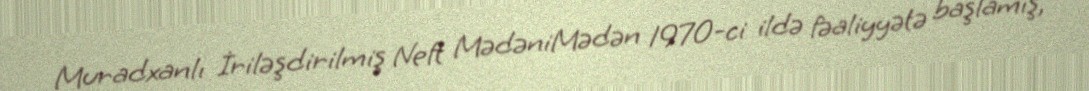
Muradxanlı İriləşdirilmiş Neft MədəniMədən 1970-ci ildə fəaliyyətə başlamış,